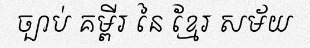
ច្បាប់ គម្ពីរ នៃ ខ្មែរ សម័យ